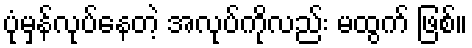
ပုံမှန်လုပ်နေတဲ့ အလုပ်ကိုလည်း မထွက် ဖြစ်။